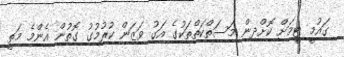
ގައުމީ ޓީމަށް ކޮށްދިން މަސަތްކަތްތަކުގެ އަގު ވަޒަން ކުރުމުގު ގޮތުން އެންމެ މަތީ